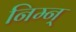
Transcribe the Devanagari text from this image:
निम्न्